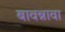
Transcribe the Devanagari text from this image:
बावन्नावा